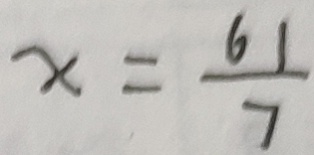
x = \frac { 6 1 } { 7 }